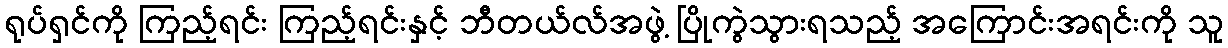
ရုပ်ရှင်ကို ကြည့်ရင်း ကြည့်ရင်းနှင့် ဘီတယ်လ်အဖွဲ့ ပြိုကွဲသွားရသည့် အကြောင်းအရင်းကို သူ